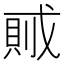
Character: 𰒭